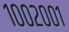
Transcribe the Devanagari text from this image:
१००२००१